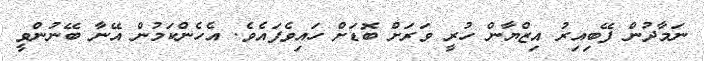
ނަމާދުން ފޭބިއިރު އިޒްޔާން ހުރީ ވަރަށް ބޮޑަށް ހައިވެފައެވެ. އެހެންކަމުން އޭނާ ބޭނުންވީ